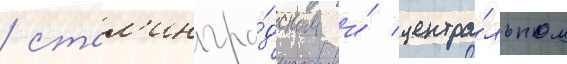
/ стал'ингра́дском и́ центра́льном